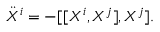
\ddot { X } ^ { i } = - [ [ X ^ { i } , X ^ { j } ] , X ^ { j } ] .